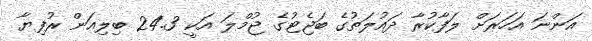
އަންނަ އަހަރަށް ލަފާކުރާ ދައުލަތުގެ ބަޖެޓުގެ ޖުމްލަ އަކީ 24.3 ބިލިއަން ރުފިޔާ